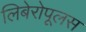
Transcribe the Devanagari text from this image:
लिबेरोपूलस